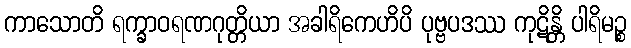
ကာသောတိ ရက္ခာဝရဏဂုတ္တိယာ အခါရိကေဟိပိ ပုဗ္ဗပဒဿ ကုဋိန္တိ ပါရိမဉ္စ